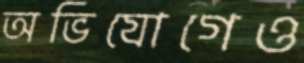
অভিযোগেও